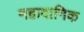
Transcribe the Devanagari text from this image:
महादानिक